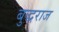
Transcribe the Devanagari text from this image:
बुद्धराज